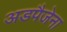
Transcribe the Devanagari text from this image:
अडपैजेना